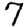
Digit: 7